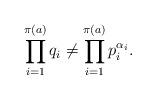
LaTeX: \begin{align*} \prod_{i = 1}^{\pi(a)} q_i \neq \prod_{i = 1}^{\pi(a)}p_i^{\alpha_i}. \end{align*}